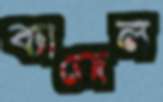
ব্যাজেল